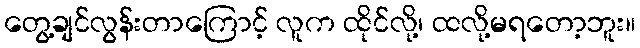
တွေ့ချင်လွန်းတာကြောင့် လူက ထိုင်လို့၊ ထလို့မရတော့ဘူး။